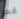
قعر